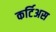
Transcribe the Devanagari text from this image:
कर्टिअस